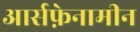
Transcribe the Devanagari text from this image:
आर्सफ़ेनामीन